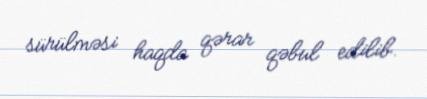
sürülməsi haqda qərar qəbul edilib.